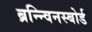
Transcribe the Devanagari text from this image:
ब्रन्न्विनस्बोर्ड